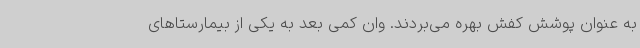
به عنوان پوشش کفش بهره می‌بردند. وان کمی بعد به یکی از بیمارستا‌های